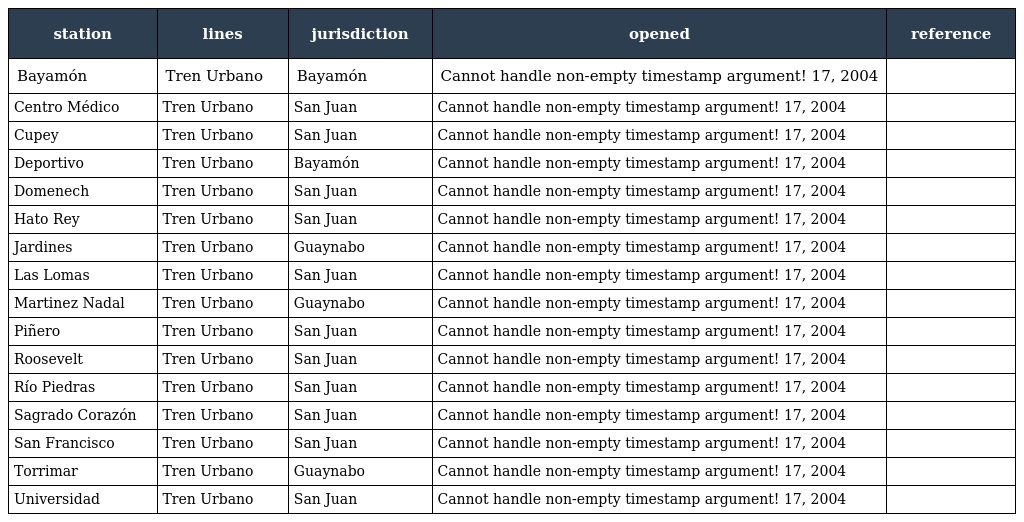
| station | lines | jurisdiction | opened | reference |
 | --- | --- | --- | --- | --- |
 | Bayamón | Tren Urbano | Bayamón | Cannot handle non-empty timestamp argument! 17, 2004 |  |
 | Centro Médico | Tren Urbano | San Juan | Cannot handle non-empty timestamp argument! 17, 2004 |  |
 | Cupey | Tren Urbano | San Juan | Cannot handle non-empty timestamp argument! 17, 2004 |  |
 | Deportivo | Tren Urbano | Bayamón | Cannot handle non-empty timestamp argument! 17, 2004 |  |
 | Domenech | Tren Urbano | San Juan | Cannot handle non-empty timestamp argument! 17, 2004 |  |
 | Hato Rey | Tren Urbano | San Juan | Cannot handle non-empty timestamp argument! 17, 2004 |  |
 | Jardines | Tren Urbano | Guaynabo | Cannot handle non-empty timestamp argument! 17, 2004 |  |
 | Las Lomas | Tren Urbano | San Juan | Cannot handle non-empty timestamp argument! 17, 2004 |  |
 | Martinez Nadal | Tren Urbano | Guaynabo | Cannot handle non-empty timestamp argument! 17, 2004 |  |
 | Piñero | Tren Urbano | San Juan | Cannot handle non-empty timestamp argument! 17, 2004 |  |
 | Roosevelt | Tren Urbano | San Juan | Cannot handle non-empty timestamp argument! 17, 2004 |  |
 | Río Piedras | Tren Urbano | San Juan | Cannot handle non-empty timestamp argument! 17, 2004 |  |
 | Sagrado Corazón | Tren Urbano | San Juan | Cannot handle non-empty timestamp argument! 17, 2004 |  |
 | San Francisco | Tren Urbano | San Juan | Cannot handle non-empty timestamp argument! 17, 2004 |  |
 | Torrimar | Tren Urbano | Guaynabo | Cannot handle non-empty timestamp argument! 17, 2004 |  |
 | Universidad | Tren Urbano | San Juan | Cannot handle non-empty timestamp argument! 17, 2004 |  |